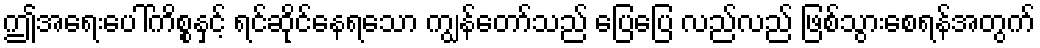
ဤအရေးပေါ်ကိစ္စနှင့် ရင်ဆိုင်နေရသော ကျွန်တော်သည် ပြေပြေ လည်လည် ဖြစ်သွားစေရန်အတွက်